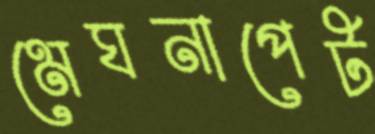
মেঘনাপেট